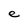
Character: e